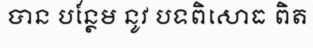
បាន បន្ថែម នូវ បទពិសោធ ពិត